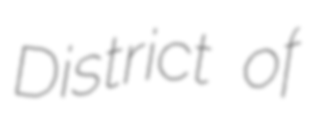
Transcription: District of